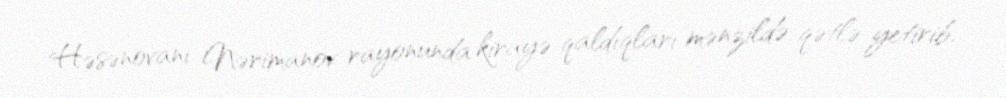
Həsənovanı Nərimanov rayonunda kirayə qaldıqları mənzildə qətlə yetirib.